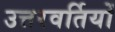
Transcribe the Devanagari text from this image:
उत्तरवर्तियों